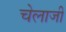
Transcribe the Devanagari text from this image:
चेलाजी